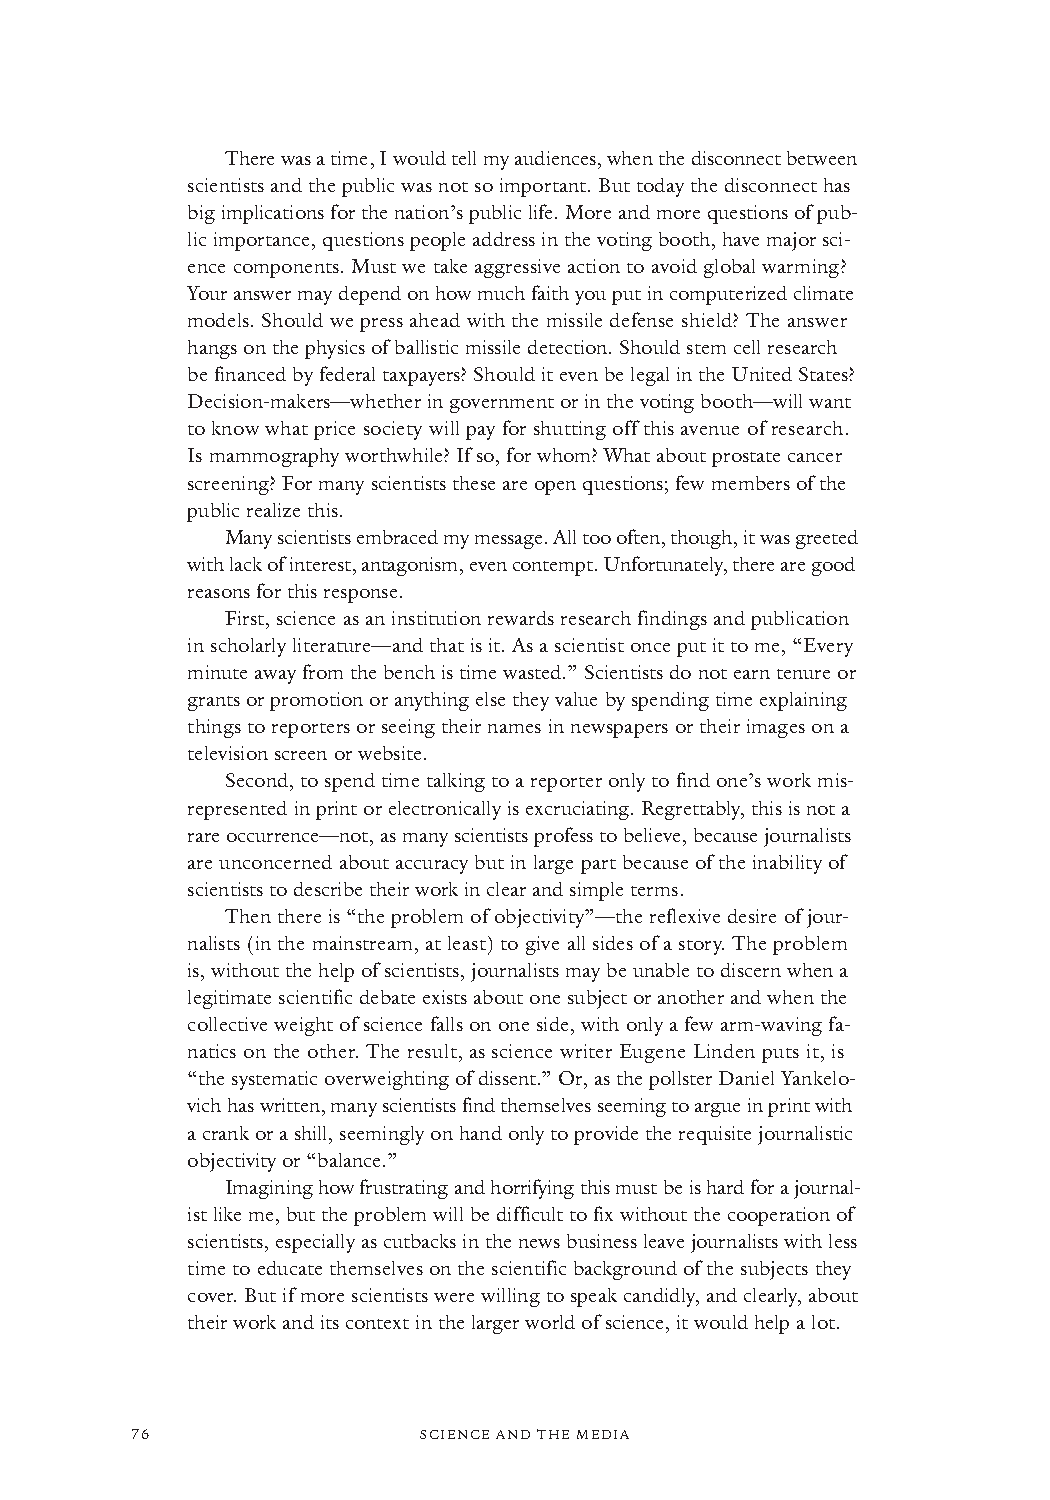
There was a time, I would tell my audiences, when the disconnect between
 scientists and the public was not so important. But today the disconnect has
 big implications for the nation’s public life. More and more questions of pub-
 lic importance, questions people address in the voting booth, have major sci-
 ence components. Must we take aggressive action to avoid global warming?
 Your answer may depend on how much faith you put in computerized climate
 models. Should we press ahead with the missile defense shield? The answer
 hangs on the physics of ballistic missile detection. Should stem cell research
 be financed by federal taxpayers? Should it even be legal in the United States?
 Decision-makers—whether in government or in the voting booth—will want
 to know what price society will pay for shutting off this avenue of research.
 Is mammography worthwhile? If so, for whom? What about prostate cancer
 screening? For many scientists these are open questions; few members of the
 public realize this.
 Many scientists embraced my message. All too often, though, it was greeted
 with lack of interest, antagonism, even contempt. Unfortunately, there are good
 reasons for this response.
 First, science as an institution rewards research findings and publication
 in scholarly literature—and that is it. As a scientist once put it to me, “Every
 minute away from the bench is time wasted.” Scientists do not earn tenure or
 grants or promotion or anything else they value by spending time explaining
 things to reporters or seeing their names in newspapers or their images on a
 television screen or website.
 Second, to spend time talking to a reporter only to find one’s work mis-
 represented in print or electronically is excruciating. Regrettably, this is not a
 rare occurrence—not, as many scientists profess to believe, because journalists
 are unconcerned about accuracy but in large part because of the inability of
 scientists to describe their work in clear and simple terms.
 Then there is “the problem of objectivity”—the reflexive desire of jour-
 nalists (in the mainstream, at least) to give all sides of a story. The problem
 is, without the help of scientists, journalists may be unable to discern when a
 legitimate scientific debate exists about one subject or another and when the
 collective weight of science falls on one side, with only a few arm-waving fa-
 natics on the other. The result, as science writer Eugene Linden puts it, is
 “the systematic overweighting of dissent.” Or, as the pollster Daniel Yankelo-
 vich has written, many scientists find themselves seeming to argue in print with
 a crank or a shill, seemingly on hand only to provide the requisite journalistic
 objectivity or “balance.”
 Imagining how frustrating and horrifying this must be is hard for a journal-
 ist like me, but the problem will be difficult to fix without the cooperation of
 scientists, especially as cutbacks in the news business leave journalists with less
 time to educate themselves on the scientific background of the subjects they
 cover. But if more scientists were willing to speak candidly, and clearly, about
 their work and its context in the larger world of science, it would help a lot.
 76                 SSCCIIEENNCCEE AANNDD TTHHEE MMEEDDIIAA